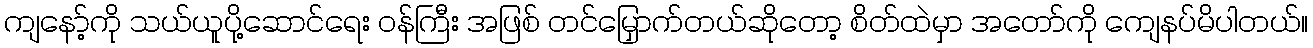
ကျနော့်ကို သယ်ယူပို့ဆောင်ရေး ဝန်ကြီး အဖြစ် တင်မြှောက်တယ်ဆိုတော့ စိတ်ထဲမှာ အတော်ကို ကျေနပ်မိပါတယ်။